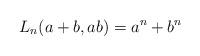
LaTeX: \begin{align*}L_n(a+b,ab) = a^n + b^n\end{align*}